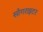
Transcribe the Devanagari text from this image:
साँगराइटर